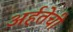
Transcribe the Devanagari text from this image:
अर्हतेची